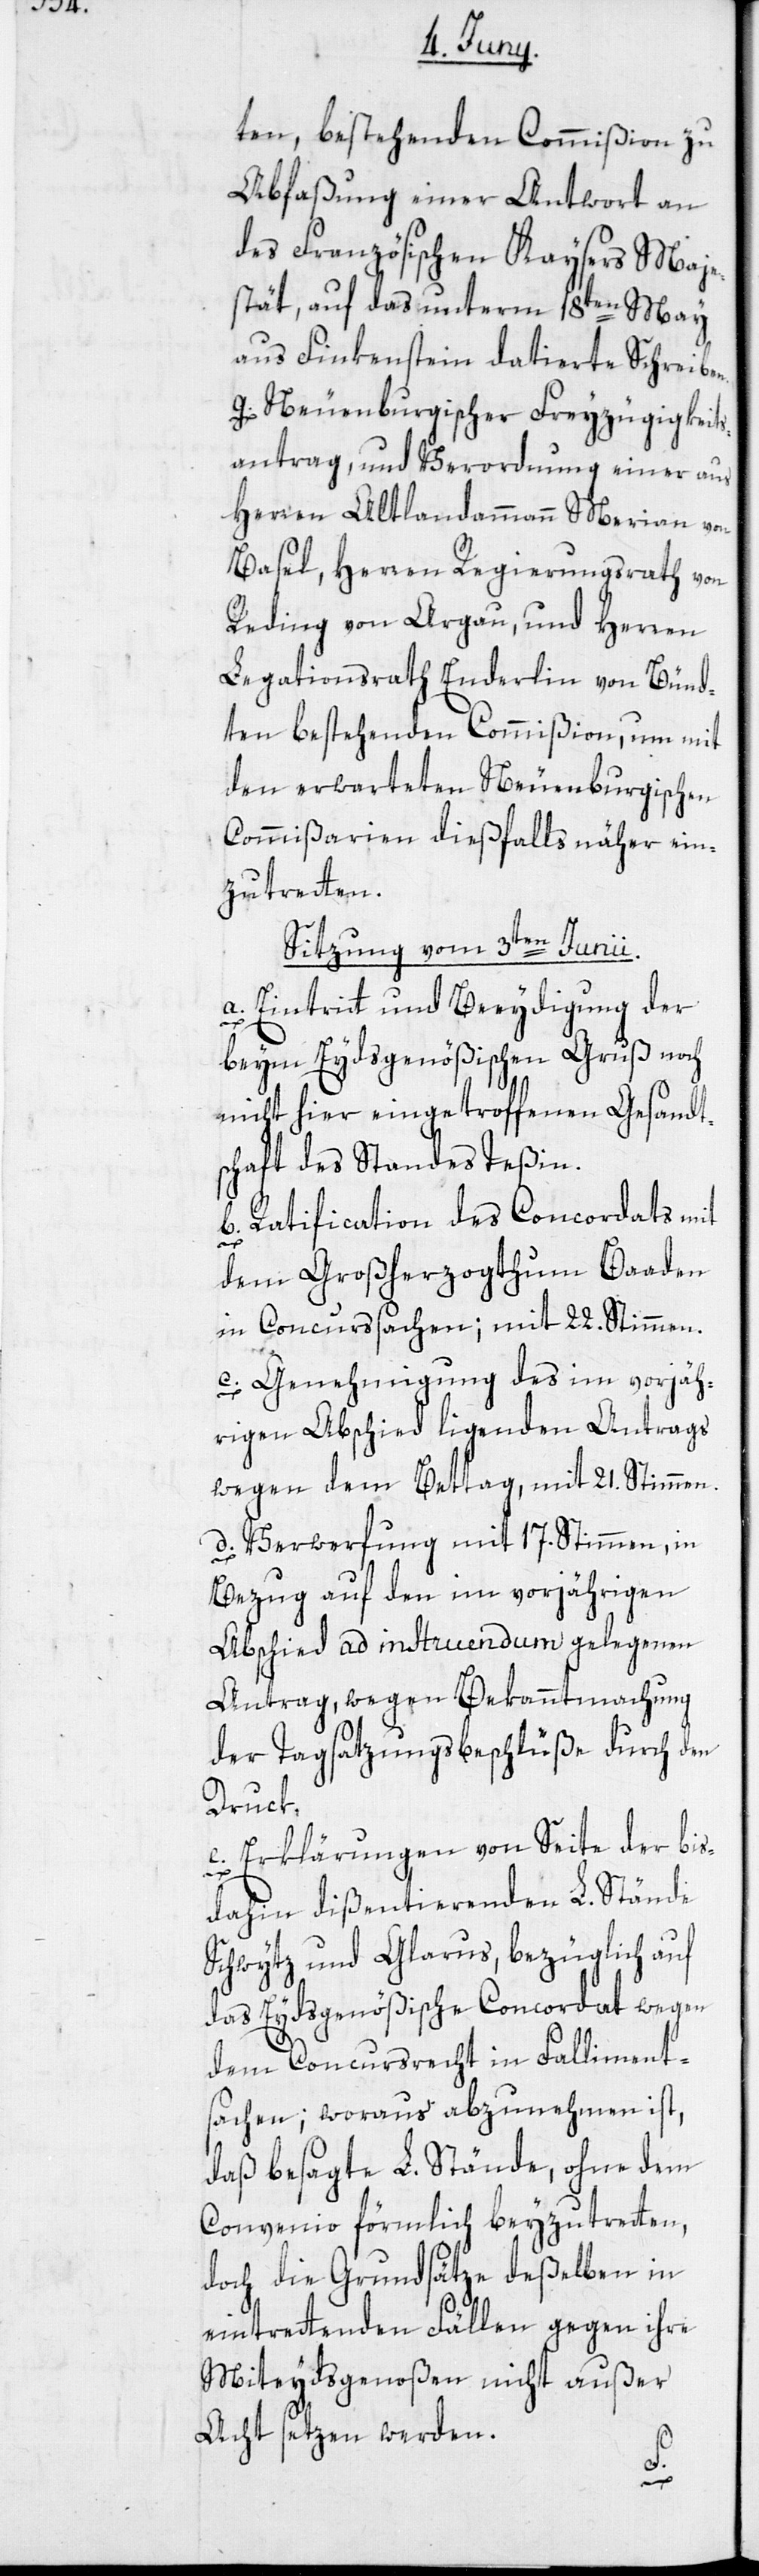
ten, bestehenden Commißion zu
Abfaßung einer Antwort an
des Französischen Kaysers Maje¬
stät, auf das unterm 18ten May
aus Finkenstein datierte Schreiben.
g. Neuenburgischer Freyzügigkeit¬
santrag, und Verordnung einer aus
Herren Altlandammann Merian von
Basel, Herren Regierungsrath von
Reding von Argau, und Herren
Legationsrath Enderlin von Bünd¬
ten bestehenden Commißion, um mit
den erwarteten Neuenburgischen
Commißarien dießfalls näher ein¬
zutreten.
Sitzung vom 3ten Junii.
a. Eintritt und Beeydigung der
beym Eydsgenößischen Gruß noch
nicht hier eingetroffenen Gesandts¬
chaft des Standes Teßin.
b. Ratification des Concordats mit
e.
dem Großherzogtum Baaden
in Concurssachen mit 22. Stimmen.
c. Genehmigung des im vorjäh¬
rigen Abschied ligenden Antrags
wegen dem Bettag mit 21. Stimmen.
d. Verwerfung mit 17. Stimmen, in
Bezug auf den im vorjährigen
Abschied ad instruendum gelegenen
Antrag, wegen Bekanntmachung
der Tagsatzungsbeschlüße durch den
Druck.
Erklärungen von Seite der bis¬
dahin dißentierenden L. Stände
Schwytz und Glarus, bezüglich auf
das Eydsgenößische Concordat wegen
dem Concursrecht in Falliments¬
achen; woraus abzunehmen ist,
daß besagte L. Stände, ohne dem
Convenio förmlich beyzutretten,
doch die Grundsätze deßelben in
eintrettenden Fällen gegen ihre
Miteydsgenoßen nicht außer
Acht setzen werden.